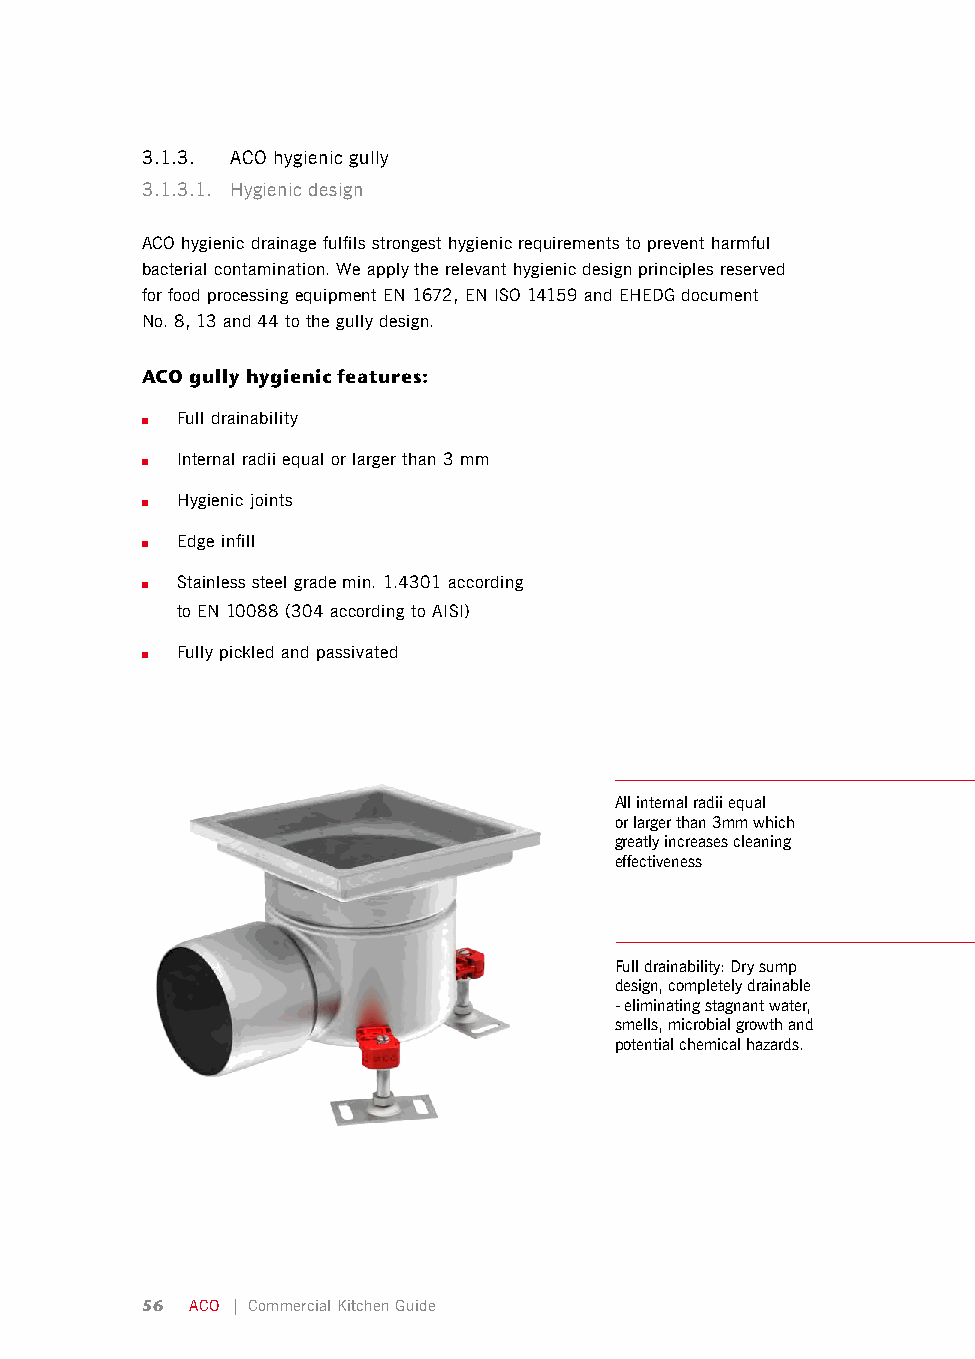
3.1.3. ACO hygienic gully
 3.1.3.1. Hygienic design
 ACO hygienic drainage fulfils strongest hygienic requirements to prevent harmful
 bacterial contamination. We apply the relevant hygienic design principles reserved
 for food processing equipment EN 1672, EN ISO 14159 and EHEDG document
 No. 8, 13 and 44 to the gully design.
 ACO gully hygienic features:
 ■  Full drainability
 ■  Internal radii equal or larger than 3 mm
 ■  Hygienic joints
 ■  Edge infill
 ■  Stainless steel grade min. 1.4301 according
 to EN 10088 (304 according to AISI)
 ■  Fully pickled and passivated
 All internal radii equal
 or larger than 3mm which
 greatly increases cleaning
 effectiveness
 Full drainability: Dry sump
 design, completely drainable
 - eliminating stagnant water,
 smells, microbial growth and
 potential chemical hazards.
 56  ACO | Commercial Kitchen Guide